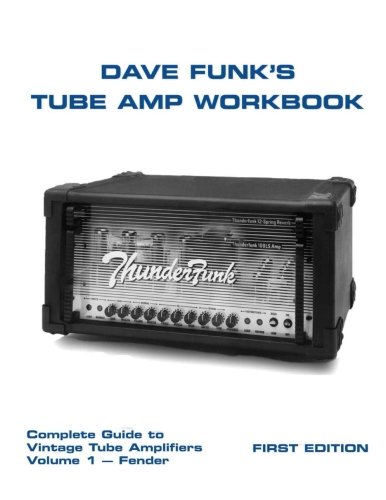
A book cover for Dave Funk's Tube Amp Workbook: Complete Guide to Vintage Tube Amplifiers Volume 1 - Fender; Mr Dave Funk; Science & Math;